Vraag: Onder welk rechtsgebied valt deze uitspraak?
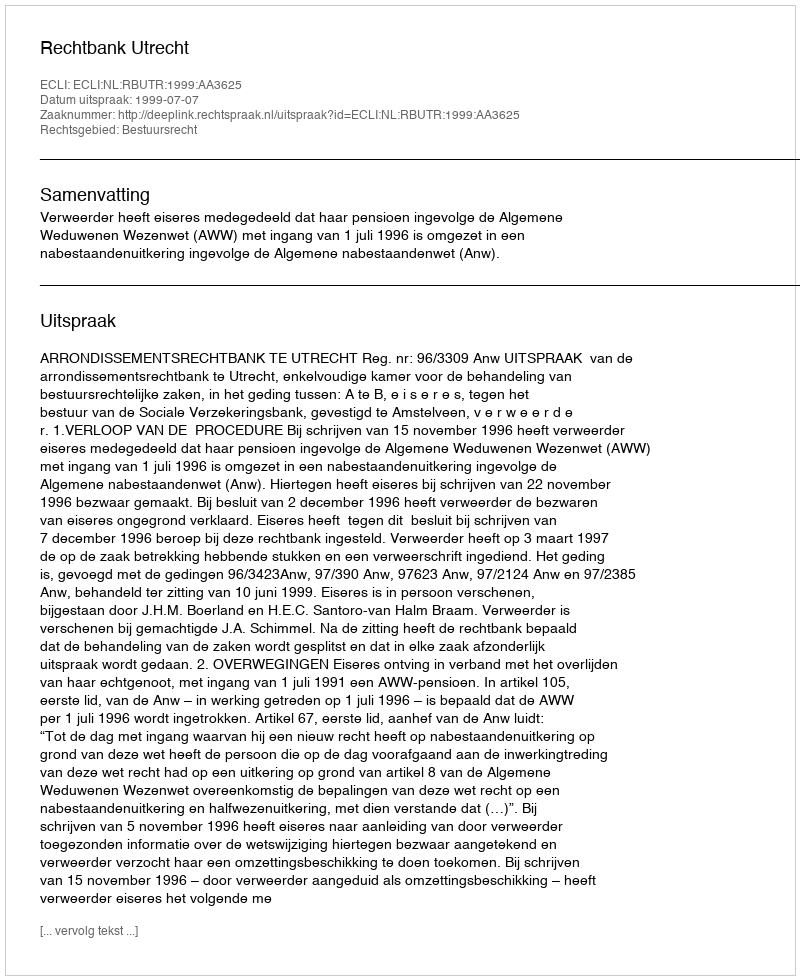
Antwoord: Bestuursrecht